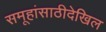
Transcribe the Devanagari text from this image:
समूहांसाठीदेखिल